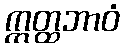
ဣတ္ထဘာဝံ